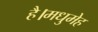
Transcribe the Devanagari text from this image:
है।मधुमेह